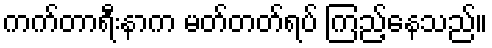
ကက်တာရီးနာက မတ်တတ်ရပ် ကြည့်နေသည်။